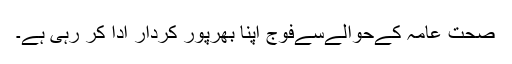
صحت عامہ کےحوالےسےفوج اپنا بھرپور کردار ادا کر رہی ہے۔